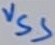
Text: VSS